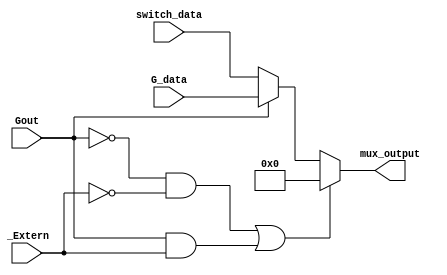
module data_mux(input [3:0] switch_data,
                input [3:0] G_data,
                input Gout,
                input _Extern,
                output reg [3:0] mux_output);

    always@(*)
    begin
    
        if((Gout==0 && _Extern==0)||(Gout==1 && _Extern==1))
            mux_output <= 0;
            
        else if(Gout)
            mux_output <= G_data;

        else //_Extern
            mux_output <= switch_data;
            
    end
        
endmodule